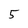
Character: 5